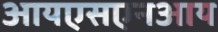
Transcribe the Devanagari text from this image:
आयएसएनआय